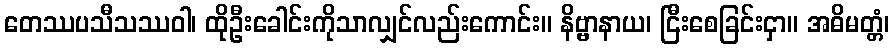
တေဿပသီသဿဝါ၊ ထိုဦးခေါင်းကိုသာလျှင်လည်းကောင်း။ နိဗ္ဗာနာယ၊ ငြီးစေခြင်းငှာ။ အဓိမတ္တံ၊